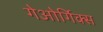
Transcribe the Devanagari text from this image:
गेओर्गिक्स